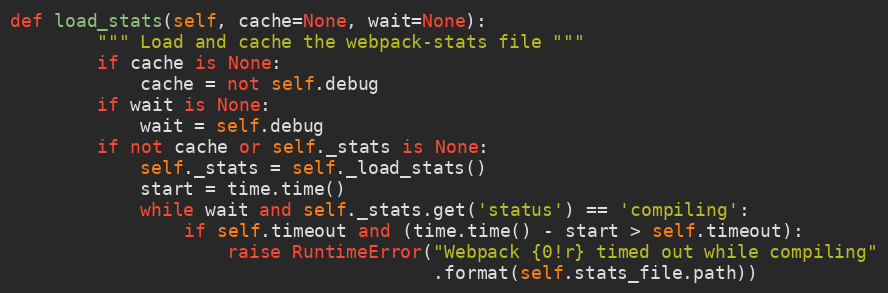
Language: Python
def load_stats(self, cache=None, wait=None):
        """ Load and cache the webpack-stats file """
        if cache is None:
            cache = not self.debug
        if wait is None:
            wait = self.debug
        if not cache or self._stats is None:
            self._stats = self._load_stats()
            start = time.time()
            while wait and self._stats.get('status') == 'compiling':
                if self.timeout and (time.time() - start > self.timeout):
                    raise RuntimeError("Webpack {0!r} timed out while compiling"
                                       .format(self.stats_file.path))